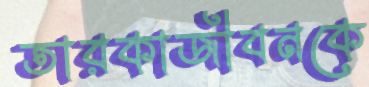
তারকাজীবনকে